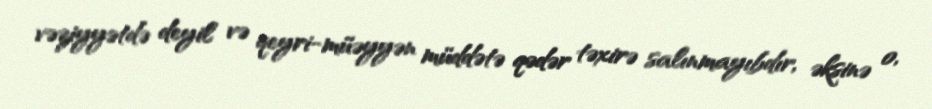
vəziyyətdə deyil və qeyri-müəyyən müddətə qədər təxirə salınmayıbdır, əksinə o,